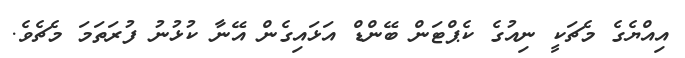
އިއްޔެގެ މެޗަކީ ނިއުގެ ކެޕްޓަން ބޭންޑް އަޅައިގެން އޭނާ ކުޅުނު ފުރަތަމަ މެޗެވެ.